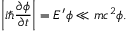
\left| i \hbar { \frac { \partial \phi } { \partial t } } \right| = E ^ { \prime } \phi \ll m c ^ { 2 } \phi .